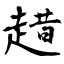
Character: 趞